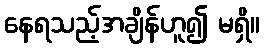
နေရသည့်အချိန်ဟူ၍ မရှိ။